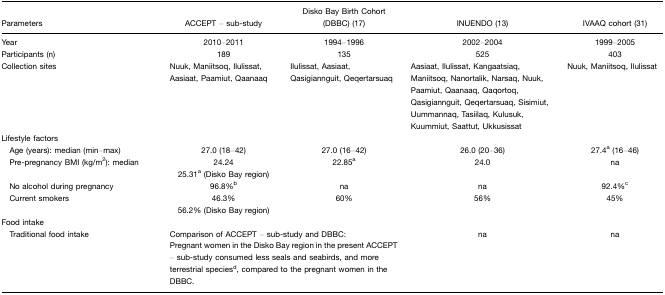
<table><thead><tr><td><b>Parameters</b></td><td><b>ACCEPT – sub-study</b></td><td><b>Disko Bay Birth Cohort (DBBC) (17)</b></td><td><b>INUENDO (13)</b></td><td><b>IVAAQ cohort (31)</b></td></tr></thead><tbody><tr><td>Year</td><td>2010–2011</td><td>1994–1996</td><td>2002–2004</td><td>1999–2005</td></tr><tr><td>Participants (n)</td><td>189</td><td>135</td><td>525</td><td>403</td></tr><tr><td>Collection sites</td><td>Nuuk, Maniitsoq, Ilulissat, Aasiaat, Paamiut, Qaanaaq</td><td>Ilulissat, Aasiaat, Qasigiannguit, Qeqertarsuaq</td><td>Aasiaat, Ilulissat, Kangaatsiaq, Maniitsoq, Nanortalik, Narsaq, Nuuk, Paamiut, Qaanaaq, Qaqortoq, Qasigiannguit, Qeqertarsuaq, Sisimiut, Uummannaq, Tasiilaq, Kulusuk, Kuummiut, Saattut, Ukkusissat</td><td>Nuuk, Maniitsoq, Ilulissat</td></tr><tr><td colspan="5">Lifestyle factors</td></tr><tr><td> Age (years): median (min–max)</td><td>27.0 (18–42)</td><td>27.0 (16–42)</td><td>26.0 (20–36)</td><td>27.4a (16–46)</td></tr><tr><td> Pre-pregnancy BMI (kg/m<sup>2</sup>): median</td><td>24.2425.31a (Disko Bay region)</td><td>22.85a</td><td>24.0</td><td>na</td></tr><tr><td> No alcohol during pregnancy</td><td>96.8%b</td><td>na</td><td>na</td><td>92.4%c</td></tr><tr><td> Current smokers</td><td>46.3%56.2% (Disko Bay region)</td><td>60%</td><td>56%</td><td>45%</td></tr><tr><td colspan="5">Food intake</td></tr><tr><td> Traditional food intake</td><td colspan="2">Comparison of ACCEPT – sub-study and DBBC: Pregnant women in the Disko Bay region in the present ACCEPT – sub-study consumed less seals and seabirds, and more terrestrial speciesd, compared to the pregnant women in the DBBC.</td><td>na</td><td>na</td></tr></tbody></table>